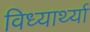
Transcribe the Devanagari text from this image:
विध्यार्थ्या